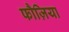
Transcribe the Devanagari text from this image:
फौज़िया